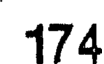
174